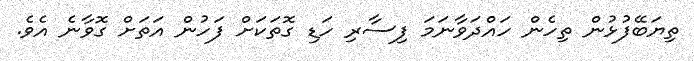
ތިޔަބޭފުޅުން ތިހެން ހައްދަވާނަމަ ފިސާރި ހަޑި ގޮތަކަށް ފަހުން އަތަށް ގޮވާނެ އެވެ.